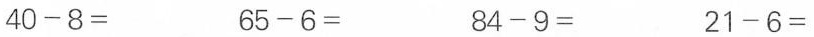
$$4 0 - 8 =$$ $$6 5 - 6 =$$ $$8 4 - 9=$$ $$2 1 - 6=$$